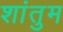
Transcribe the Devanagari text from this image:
शांतुम